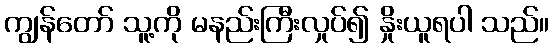
ကျွန်တော် သူ့ကို မနည်းကြီးလှုပ်၍ နှိုးယူရပါ သည်။